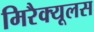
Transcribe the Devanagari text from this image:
मिरैक्यूलस